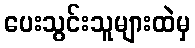
ပေးသွင်းသူများထဲမှ